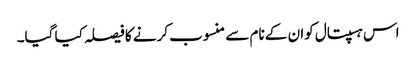
اس ہسپتال کوان کے نام سے منسوب کرنے کا فیصلہ کیا گیا۔